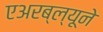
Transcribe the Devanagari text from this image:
एअरब्ल्यूने